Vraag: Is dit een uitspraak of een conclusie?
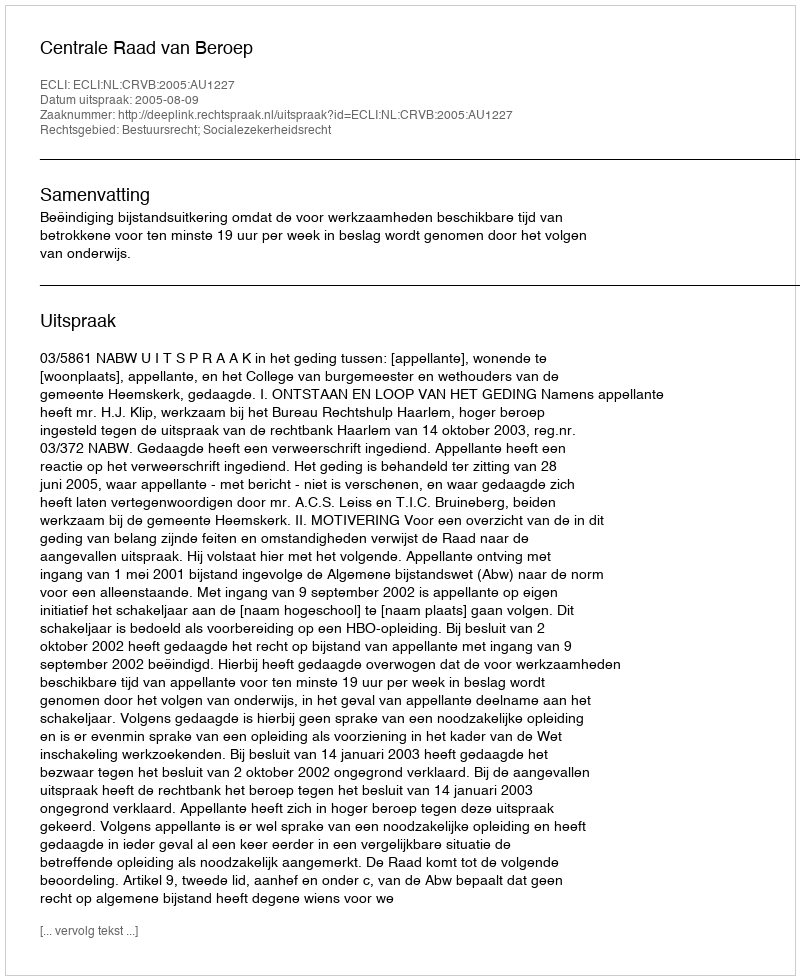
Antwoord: Uitspraak